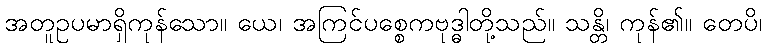
အတူဥပမာရှိကုန်သော။ ယေ၊ အကြင်ပစ္စေကဗုဒ္ဓါတို့သည်။ သန္တိ၊ ကုန်၏။ တေပိ၊